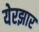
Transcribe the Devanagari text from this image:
येरझार